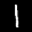
Label: 1